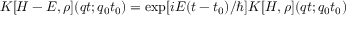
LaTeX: K [ H - E , \rho ] ( q t ; q _ { 0 } t _ { 0 } ) = \exp [ i E ( t - t _ { 0 } ) / \hbar ] K [ H , \rho ] ( q t ; q _ { 0 } t _ { 0 } )